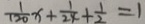
\frac { 1 } { 1 2 0 } x + \frac { 1 } { 2 4 } + \frac { 1 } { 2 } = 1